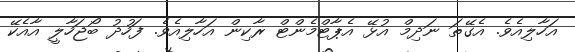
އަހާލިއެވެ. އެގޭތަ ނަދިމް އުޅޭ އެޕާޓްމެންޓް ރާކިން އަހާލިއެވެ. ފަހުދު ބޯޖަހާލީ އާއެކޭ